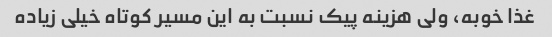
غذا خوبه، ولی هزینه پیک نسبت به این مسیر کوتاه خیلی زیاده